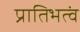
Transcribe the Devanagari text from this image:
प्रातिभत्वं